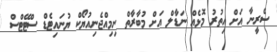
ސެރީނާ އަށް އިތުރު މޮޅެއް ނަޑާލް އަށް މުބާރާތް ނިމިއްޖެނިއުޔޯކް ޔުނައިޓެޑް ސްޓޭޓްސް